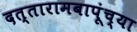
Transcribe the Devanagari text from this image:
दत्तारामबापूंच्या